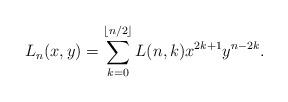
LaTeX: \begin{align*} L_n(x,y) = \sum_{k=0}^{\lfloor n /2 \rfloor} L(n,k) x^{2k+1} y^{n-2k}.\end{align*}